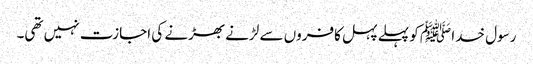
رسول خدا ﷺ کو پہلے پہل کافروں سے لڑنے بھڑنے کی اجازت نہیں تھی۔